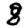
Digit: 8